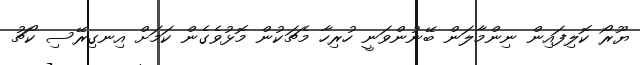
ޔޫރޯ ކޮލިފައިން ނިންމާލަން ބޭނުންވަނީ ހުރިހާ މެޗަކުން މޮޅުވެގެން ކަމަށް އިނގިރޭސި ކޯޗު